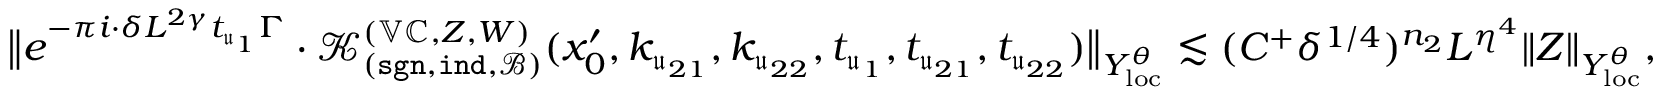
\big \| e ^ { - \pi i \cdot \delta L ^ { 2 \gamma } t _ { \mathfrak u _ { 1 } } \Gamma } \cdot \mathcal K _ { ( \mathtt { s g n } , \mathtt { i n d } , \mathscr B ) } ^ { ( \mathbb V \mathbb C , Z , W ) } ( x _ { 0 } ^ { \prime } , k _ { \mathfrak u _ { 2 1 } } , k _ { \mathfrak u _ { 2 2 } } , t _ { \mathfrak u _ { 1 } } , t _ { \mathfrak u _ { 2 1 } } , t _ { \mathfrak u _ { 2 2 } } ) \big \| _ { Y _ { \mathrm { l o c } } ^ { \theta } } \lesssim ( C ^ { + } \delta ^ { 1 / 4 } ) ^ { n _ { 2 } } L ^ { \eta ^ { 4 } } \| Z \| _ { Y _ { \mathrm { l o c } } ^ { \theta } } ,